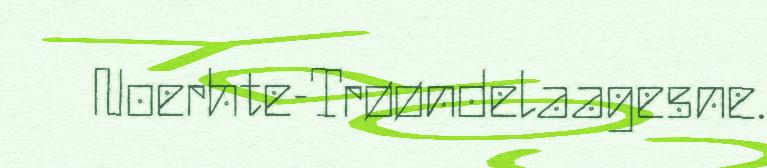
Noerhte-Trøøndelaagesne.